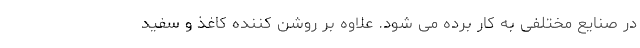
در صنایع مختلفی به کار برده می شود. علاوه بر روشن کننده کاغذ و سفید